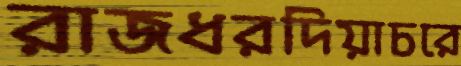
রাজধরদিয়াচরে